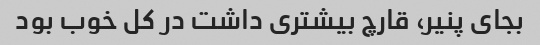
بجای پنیر، قارچ بیشتری داشت در کل خوب بود